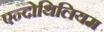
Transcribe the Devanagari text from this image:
एन्दोथिलियम